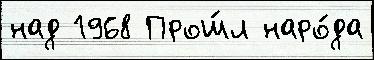
над 1968 Прош́л наро́да